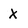
Character: X